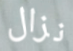
نزال